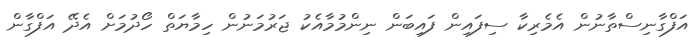
އަފްގާނިސްތާނުން އެމެރިކާ ސިފައިން ފައިބަން ނިންމުމާއެކު ޖަރުމަނުން ހިމާޔަތް ހޯދުމަށް އެދޭ އަފްގާން